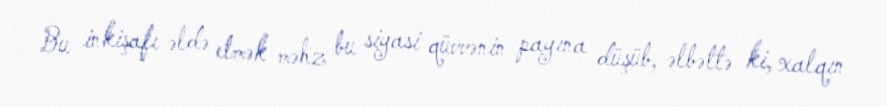
Bu inkişafı əldə etmək məhz bu siyasi qüvvənin payına düşüb, əlbəttə ki, xalqın